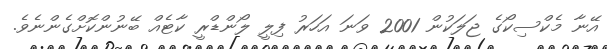
އޭނާ މެކްސިކޯގެ ޖަލަކުން 2001 ވަނަ އަހަރު ފިލީ ލޯންޑްރީ ކާޓެއް ބޭނުންކޮށްގެންނެވެ.